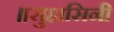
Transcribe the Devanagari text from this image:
॥सुहासिनी